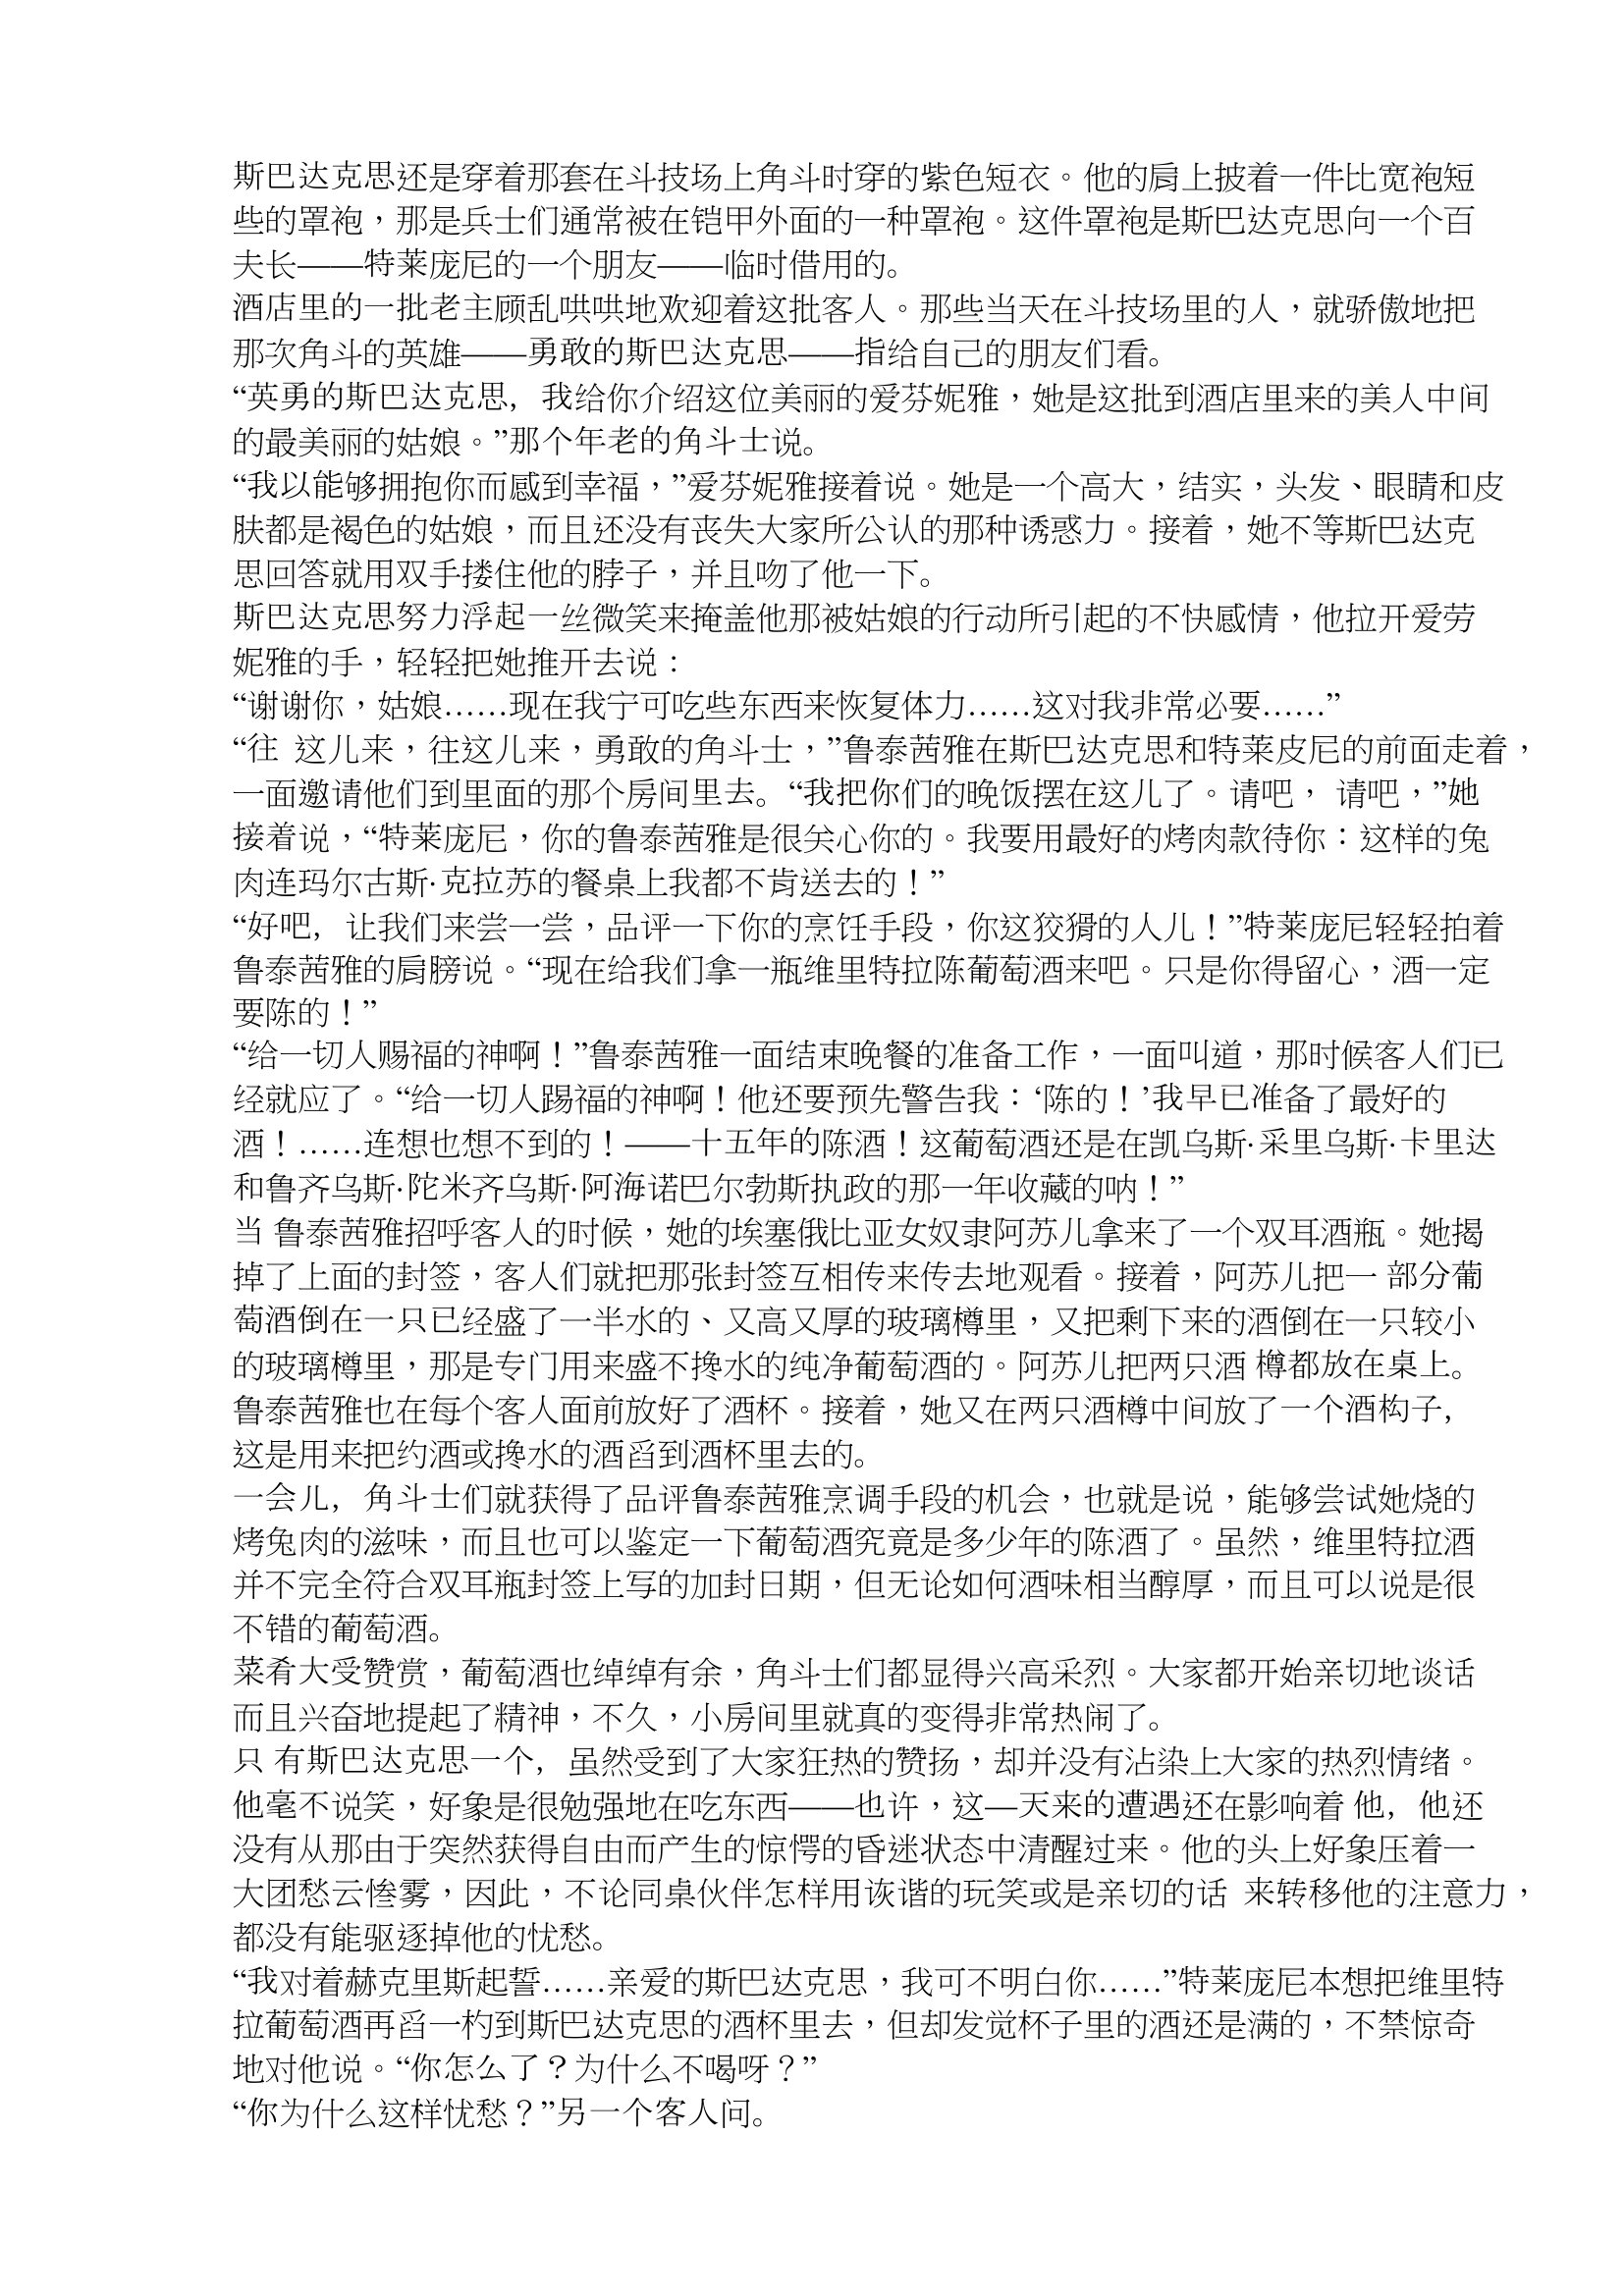
Language: zh